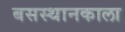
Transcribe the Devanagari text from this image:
बसस्थानकाला